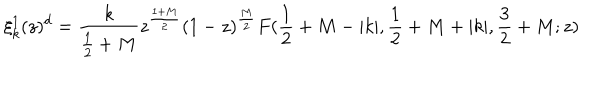
\xi _ { k } ^ { 1 } ( z ) ^ { d } = \frac { k } { \frac { 1 } { 2 } + M } z ^ { \frac { 1 + M } { 2 } } ( 1 - z ) ^ { \frac { M } { 2 } } F ( \frac { 1 } { 2 } + M - | k | , \frac { 1 } { 2 } + M + | k | , \frac { 3 } { 2 } + M ; z )